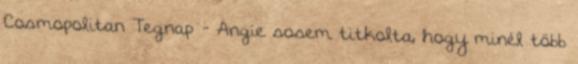
Cosmopolitan Tegnap - Angie sosem titkolta, hogy minél több